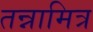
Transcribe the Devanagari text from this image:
तन्नामित्र